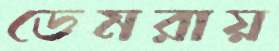
ডেমরায়